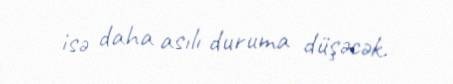
isə daha asılı duruma düşəcək.